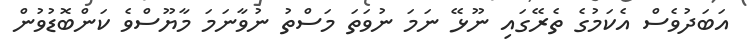
އަބަދުވެސް އެކަމުގެ ތެރޭގައި ނޫޅޭ ނަމަ ނުވަތަ މަސްތު ނުވާނަމަ މާޔޫސްވެ ކަންބޮޑުވުން